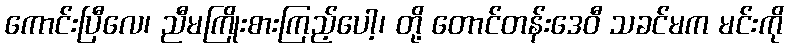
ကောင်းပြီလေ၊ ညီမကြိုးစားကြည့်ပေါ့၊ တို့ တောင်တန်းဒေဝီ သခင်မက မင်းကို